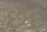
છઁદ